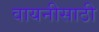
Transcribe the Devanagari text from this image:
वायनीसाठी